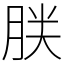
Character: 𰮤